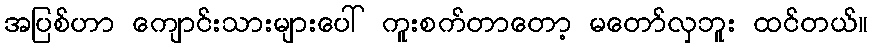
အပြစ်ဟာ ကျောင်းသားများပေါ် ကူးစက်တာတော့ မတော်လှဘူး ထင်တယ်။